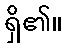
ရှိ၏။